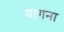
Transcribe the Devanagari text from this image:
यागना